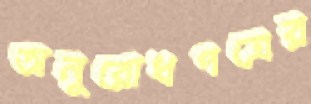
অনুরোধপত্রের